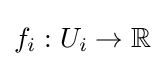
f_{i}:U_{i}\to \mathbb {R}